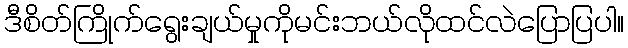
ဒီစိတ်ကြိုက်ရွေးချယ်မှုကိုမင်းဘယ်လိုထင်လဲပြောပြပါ။